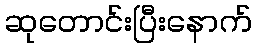
ဆုတောင်းပြီးနောက်